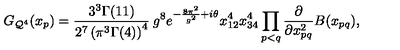
G _ { { \cal Q } ^ { 4 } } ( x _ { p } ) = \frac { 3 ^ { 3 } \Gamma ( 1 1 ) } { 2 ^ { 7 } \left( \pi ^ { 3 } \Gamma ( 4 ) \right) ^ { 4 } } \: g ^ { 8 } e ^ { - \frac { 8 \pi ^ { 2 } } { g ^ { 2 } } + i \theta } x _ { 1 2 } ^ { 4 } x _ { 3 4 } ^ { 4 } \prod _ { p < q } \frac { \partial } { \partial x _ { p q } ^ { 2 } } B ( x _ { p q } ) ,